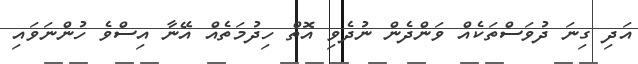
އަދި ގިނަ ދުވަސްތަކެއް ވަންދެން ނުދެވި އޮތް ހިދުމަތެއް އޭނާ އިސްވެ ހުންނަވައި